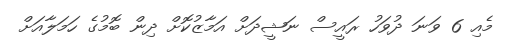
މެއި 6 ވަނަ ދުވަހު ރައީސް ނަޝީދަށް އަމާޒުކޮށް ދިން ބޮމުގެ ހަމަލާއަށް